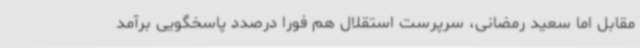
مقابل اما سعید رمضانی، سرپرست استقلال هم فورا درصدد پاسخگویی برآمد